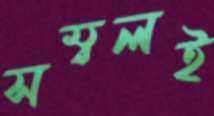
সম্বলই